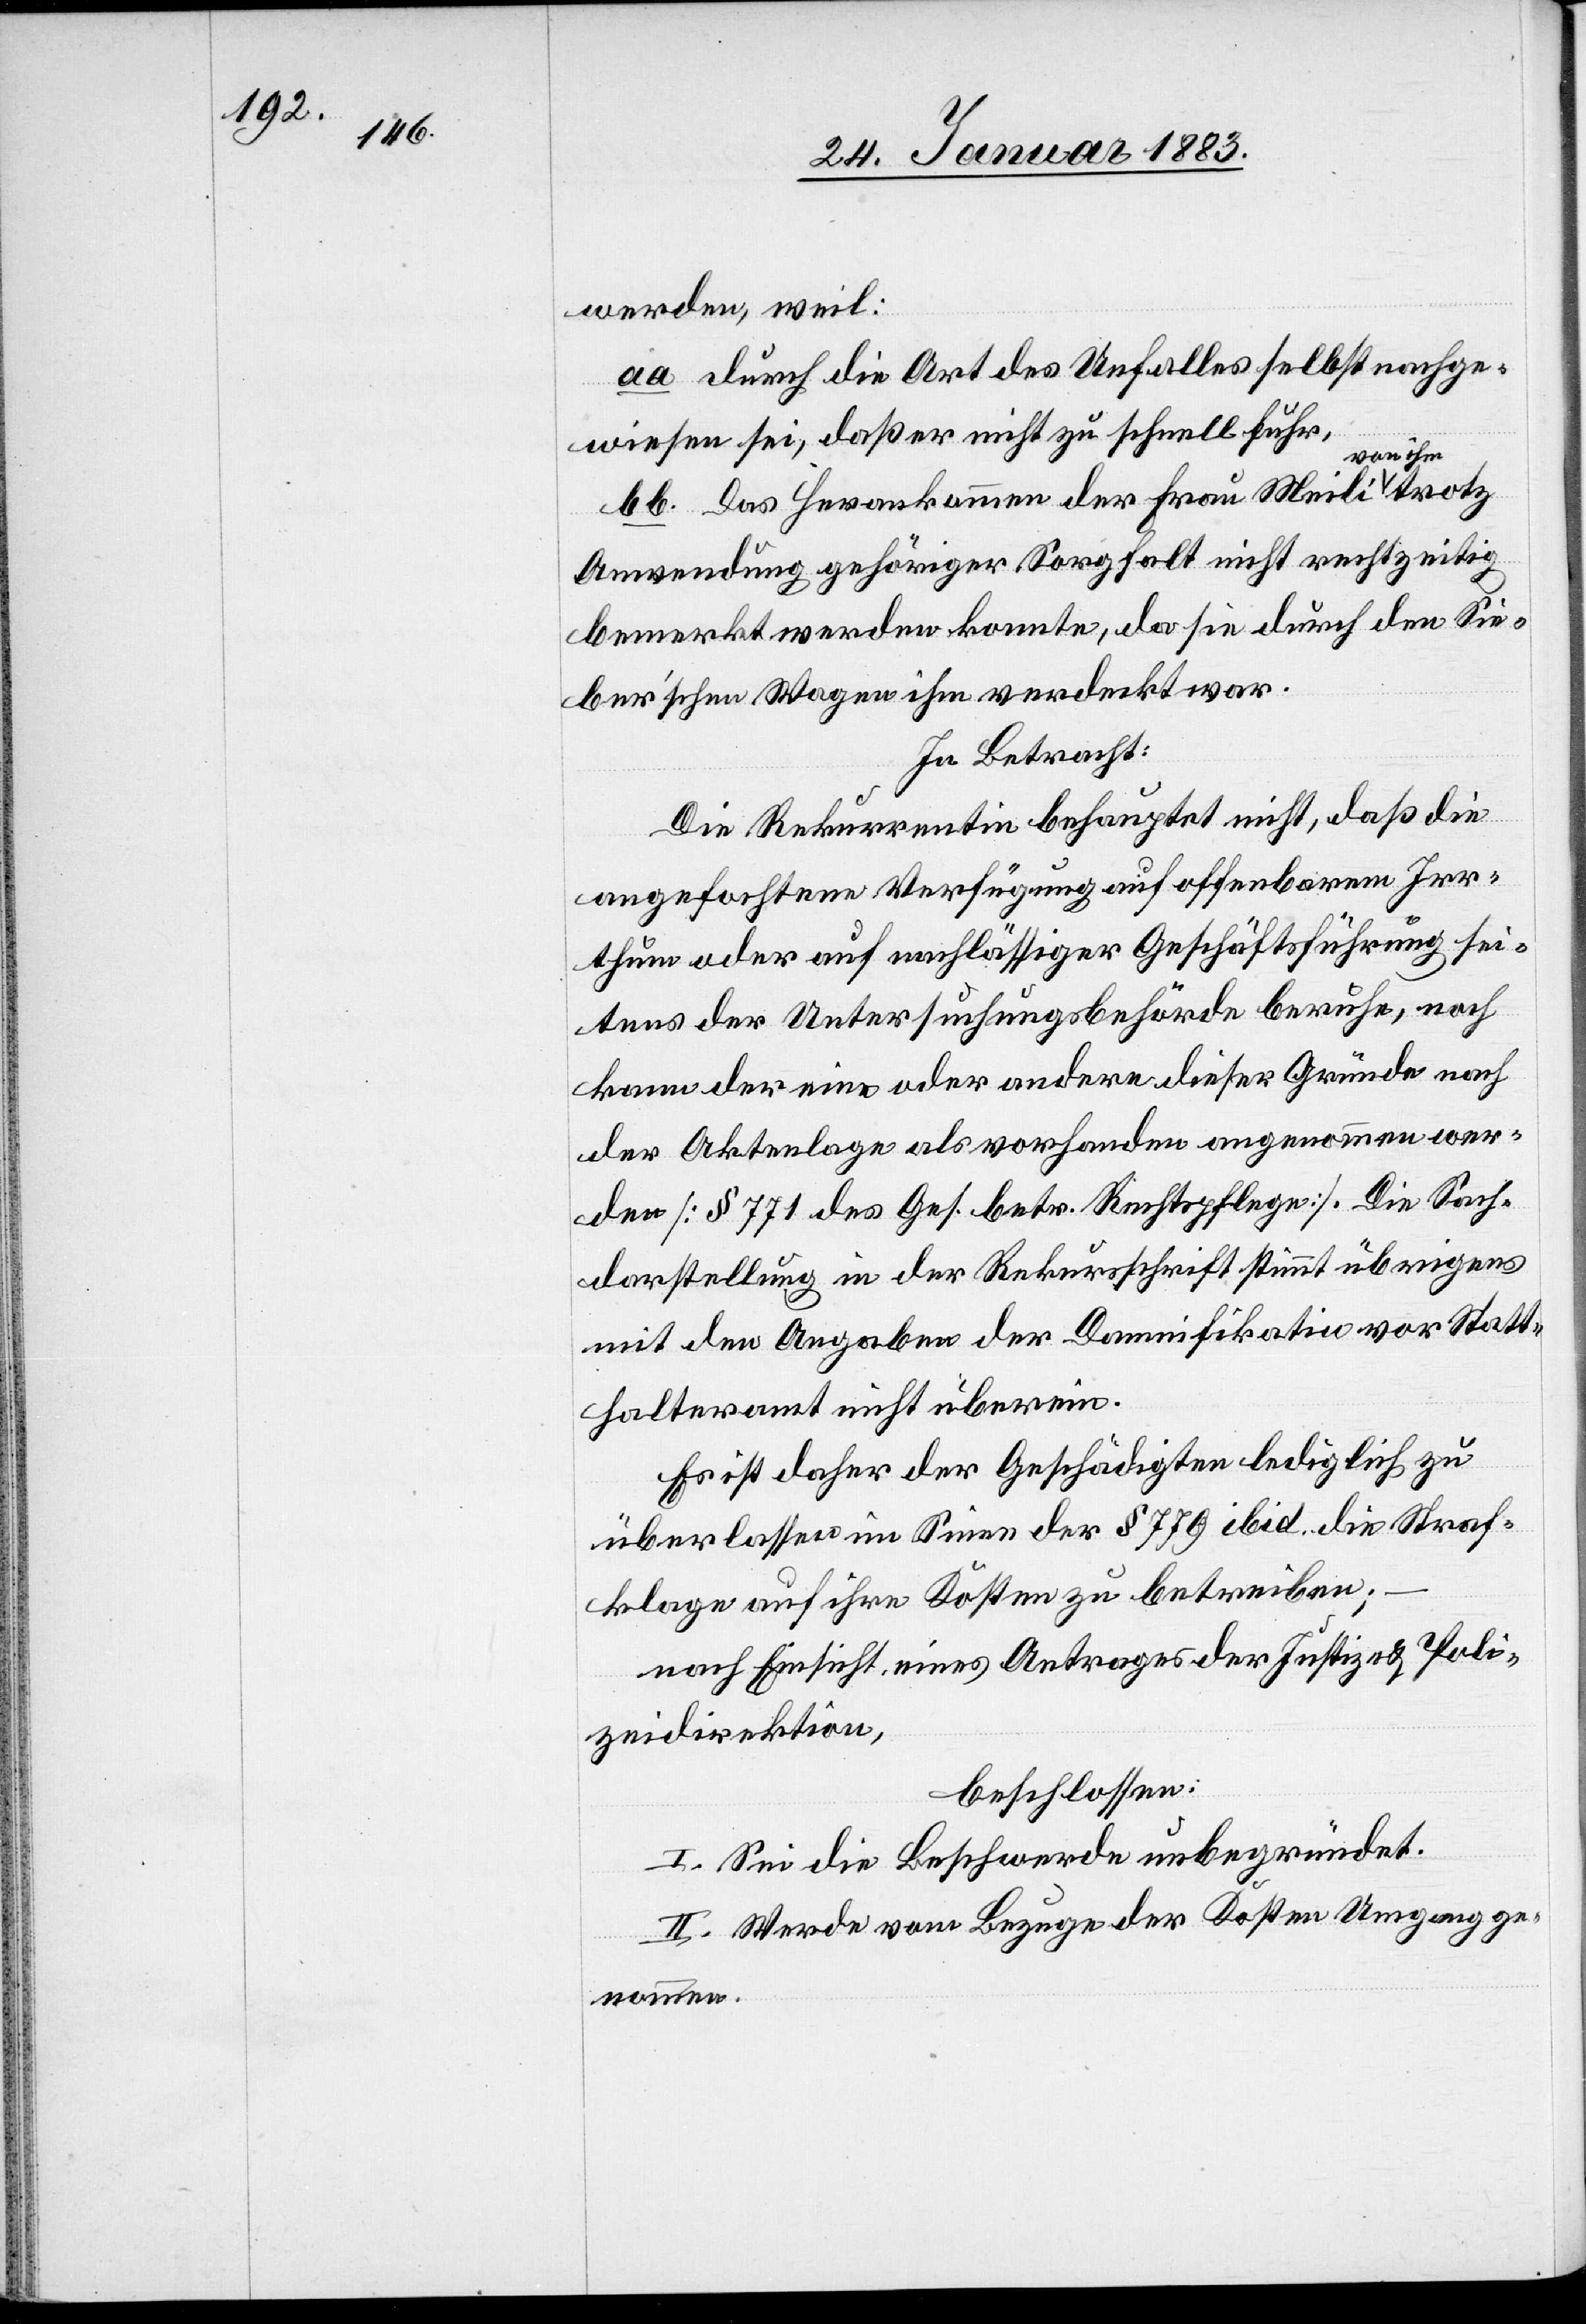
werden, weil:
aa. Durch die Art des Unfalles selbst nachge¬
wiesen sei, daß er nicht zu schnell fuhr,
bb. Das Herankommen der Frau Meili von
Anwendung gehöriger Sorgfalt nicht rechtzeitig
bemerkt werden konnte, da sie durch den Sie¬
berʼschen Wagen ihm verdeckt war.
In Betracht:
Die Rekurrentin behauptet nicht, daß die
angefochtene Verfügung auf offenbarem Irr¬
thum oder auf nachlässiger Geschäftsführung sei¬
tens der Untersuchungsbehörde beruhe, noch
kann der eine oder andere dieser Gründe nach
der Aktenlage als vorhanden angenommen wer¬
den [§ 771 des Ges. betr. Rechtspflege]. Die Sach¬
darstellung in der Rekursschrift stimmt übrigens
mit den Angaben der Damnifikatin vor Statt¬
halteramt nicht überein.
trotz
Es ist daher der Geschädigten lediglich zu
überlassen im Sinne des § 779 ibid. die Straf¬
klage auf ihre Kosten zu betreiben;
nach Einsicht eines Antrages der Justiz- & Poli¬
zeidirektion,
beschlossen:
I. Sei die Beschwerde unbegründet.
II. Werde vom Bezuge der Kosten Umgang ge¬
nommen.